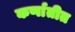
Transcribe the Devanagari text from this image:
कर्णातीत